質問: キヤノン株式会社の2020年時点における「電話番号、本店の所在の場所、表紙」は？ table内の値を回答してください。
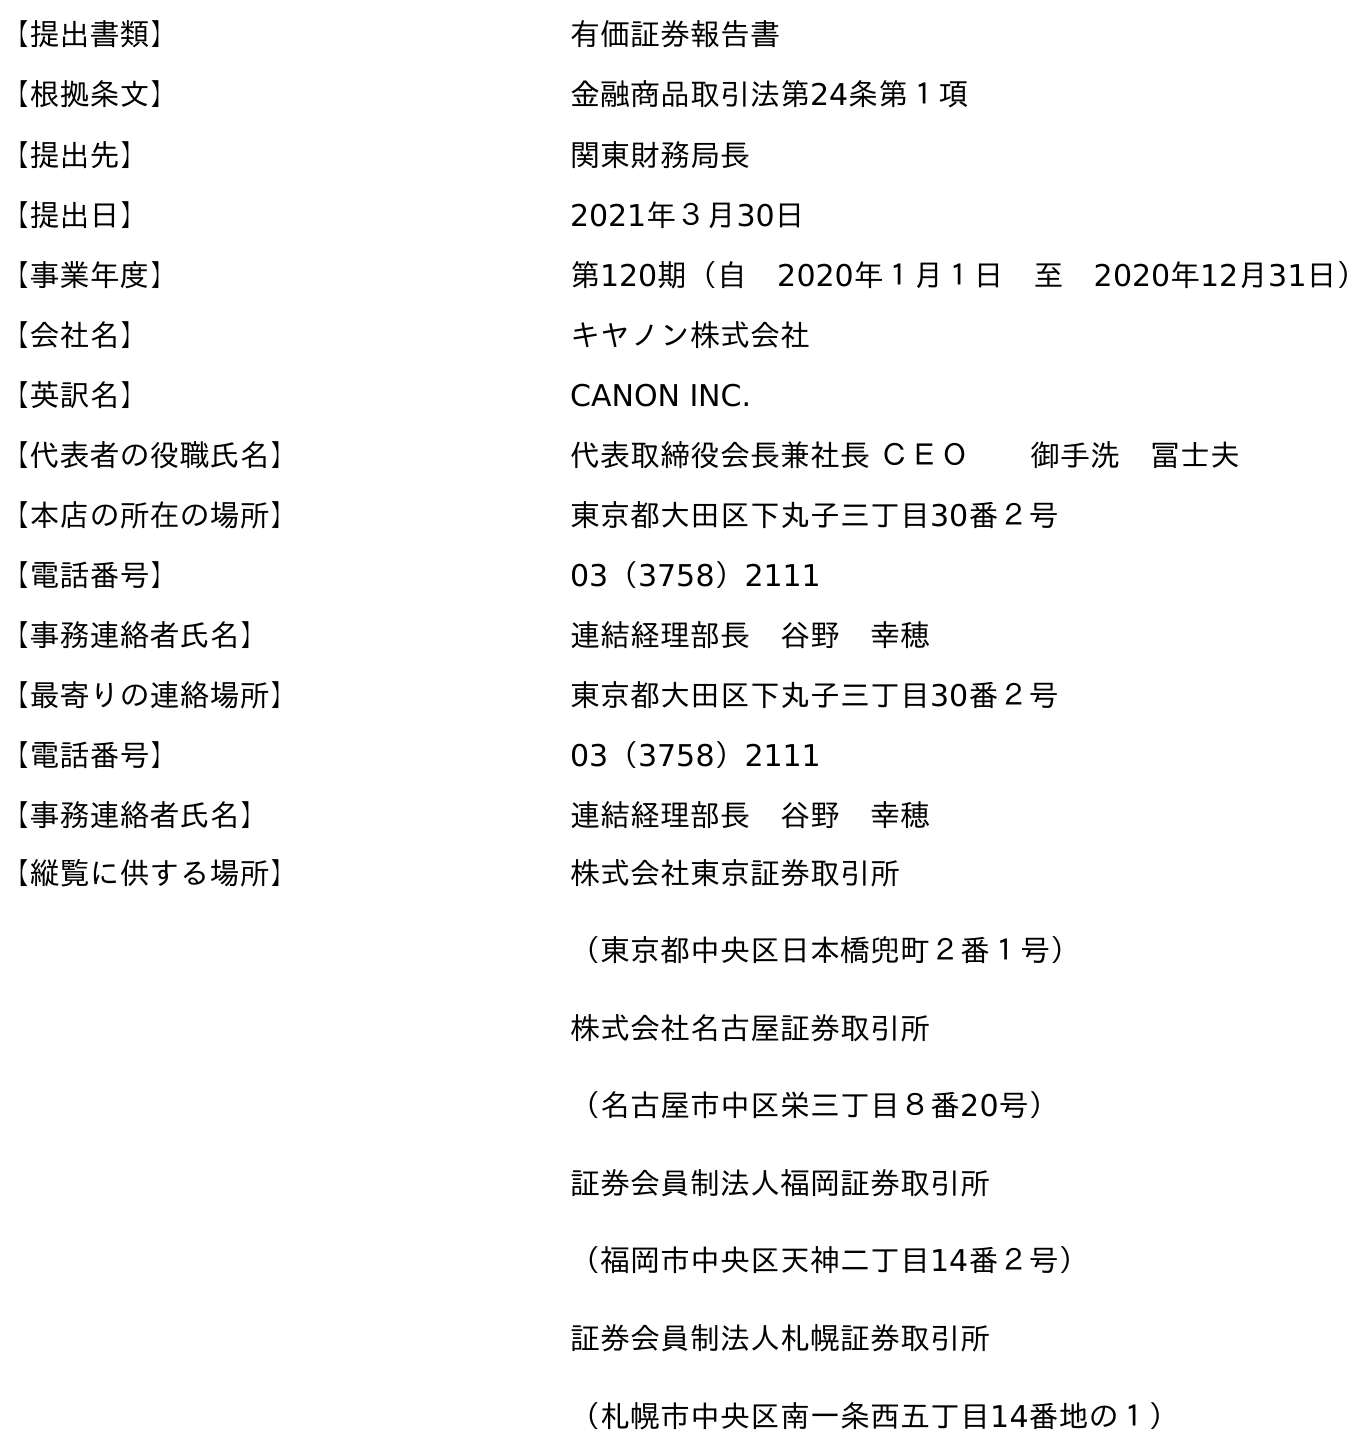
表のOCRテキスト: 【提出書類】 有価証券報告書 【根拠条文】 金融商品取引法第24条第１項 【提出先】 関東財務局長 【提出日】 2021年３月30日 【事業年度】 第120期（自 2020年１月１日 至 2020年12月31日） 【会社名】 キヤノン株式会社 【英訳名】 CANON INC. 【代表者の役職氏名】 代表取締役会長兼社長 ＣＥＯ  御手洗 冨士夫 【本店の所在の場所】 東京都大田区下丸子三丁目30番２号 【電話番号】 03（3758）2111 【事務連絡者氏名】 連結経理部長 谷野 幸穂 【最寄りの連絡場所】 東京都大田区下丸子三丁目30番２号 【電話番号】 03（3758）2111 【事務連絡者氏名】 連結経理部長 谷野 幸穂 【縦覧に供する場所】 株式会社東京証券取引所 （東京都中央区日本橋兜町２番１号） 株式会社名古屋証券取引所 （名古屋市中区栄三丁目８番20号） 証券会員制法人福岡証券取引所 （福岡市中央区天神二丁目14番２号） 証券会員制法人札幌証券取引所 （札幌市中央区南一条西五丁目14番地の１）
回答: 03（3758）2111